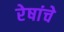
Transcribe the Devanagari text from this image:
रेषांचे